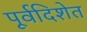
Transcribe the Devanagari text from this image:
पूर्वदिशेत